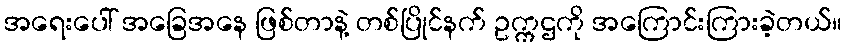
အရေးပေါ် အခြေအနေ ဖြစ်တာနဲ့ တစ်ပြိုင်နက် ဥက္ကဌကို အကြောင်းကြားခဲ့တယ်။